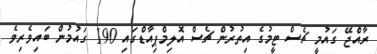
ރާއްޖޭ ގައުމީ ޗެސް ޓީމުގެ އިތުރުން ޗެސް އޮލިމްޕިއާޑްގައި 190 ގައުމުން ބައިވެރިވެ